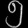
Digit: ၅